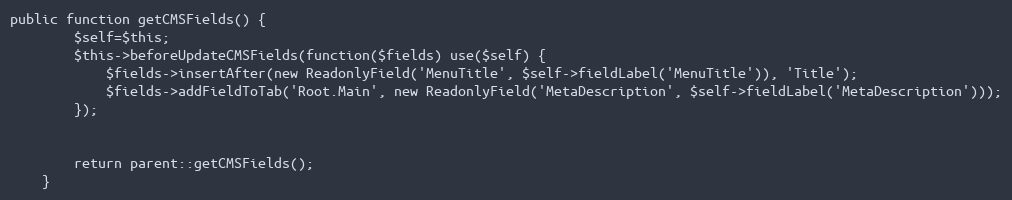
Language: PHP
public function getCMSFields() {
        $self=$this;
        $this->beforeUpdateCMSFields(function($fields) use($self) {
            $fields->insertAfter(new ReadonlyField('MenuTitle', $self->fieldLabel('MenuTitle')), 'Title');
            $fields->addFieldToTab('Root.Main', new ReadonlyField('MetaDescription', $self->fieldLabel('MetaDescription')));
        });

        return parent::getCMSFields();
    }